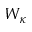
W _ { \kappa }